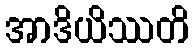
အာဒိယိဿတိ